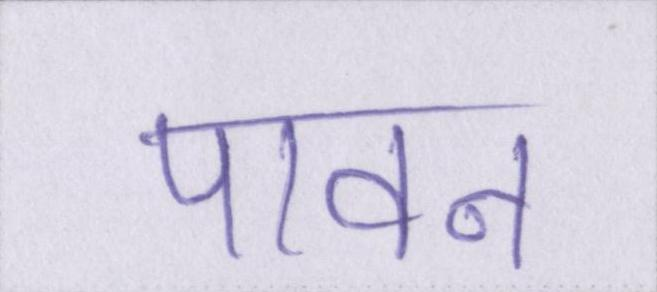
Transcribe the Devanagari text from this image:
पावन